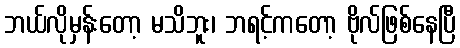
ဘယ်လိုမှန်းတော့ မသိဘူး၊ ဘရင့်ကတော့ ဗိုလ်ဖြစ်နေပြီ